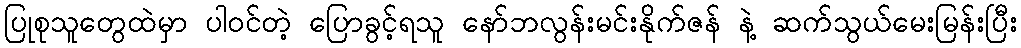
ပြုစုသူတွေထဲမှာ ပါဝင်တဲ့ ပြောခွင့်ရသူ နော်ဘလွန်းမင်းနိုက်ဇန် နဲ့ ဆက်သွယ်မေးမြန်းပြီး